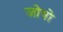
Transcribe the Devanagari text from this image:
जोवो